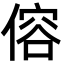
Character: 傛